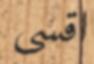
اقسى